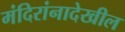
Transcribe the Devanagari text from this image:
मंदिरांनादेखील